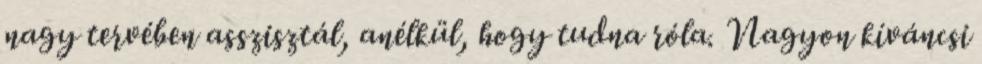
nagy tervében asszisztál, anélkül, hogy tudna róla. Nagyon kíváncsi